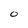
Character: O